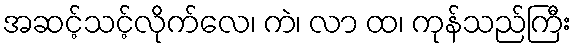
အဆင့်သင့်လိုက်လေ၊ ကဲ၊ လာ ထ၊ ကုန်သည်ကြီး